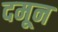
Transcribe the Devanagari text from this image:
दमून